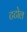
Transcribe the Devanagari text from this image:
टटोल